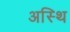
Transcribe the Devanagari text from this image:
अस्‍थि